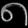
Digit: ၈